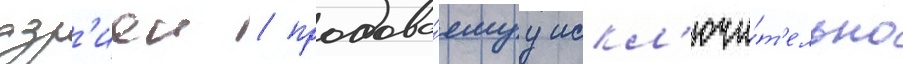
азр'иеи / продава́емуу искл'ючи́т'ельно